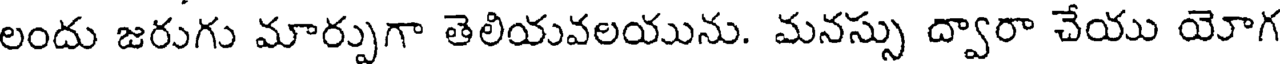
లందు జరుగు మార్పుగా తెలియవలయును. మనస్సు ద్వారా చేయు యోగ